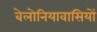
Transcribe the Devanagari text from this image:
बेलोनियावासियों